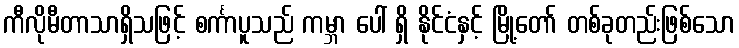
ကီလိုမီတာသာရှိသဖြင့် စင်္ကာပူသည် ကမ္ဘာ ပေါ် ရှိ နိုင်ငံနှင့် မြို့တော် တစ်ခုတည်းဖြစ်သော